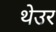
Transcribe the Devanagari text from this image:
थेउर